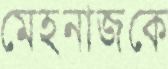
মেহনাজকে